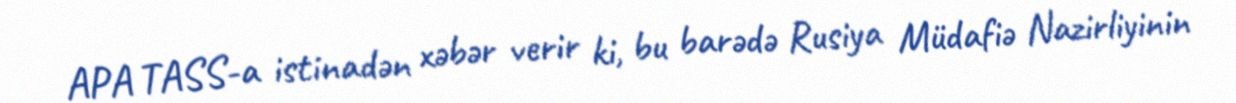
APA TASS-a istinadən xəbər verir ki, bu barədə Rusiya Müdafiə Nazirliyinin